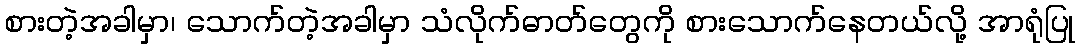
စားတဲ့အခါမှာ၊ သောက်တဲ့အခါမှာ သံလိုက်ဓာတ်တွေကို စားသောက်နေတယ်လို့ အာရုံပြု